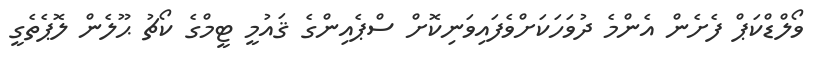
ވޯލްޑްކަޕް ފެށެން އެންމެ ދުވަހަކަށްވެފައިވަނިކޮށް ސްޕެއިންގެ ޤައުމީ ޓީމްގެ ކޯޗު ޙޫލެން ލޮޕެތެގީ